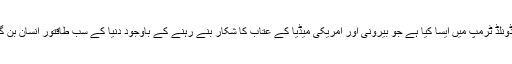
آخر ڈونلڈ ٹرمپ میں ایسا کیا ہے جو بیرونی اور امریکی میڈیا کے عتاب کا شکار بنے رہنے کے باوجود دنیا کے سب طاقتور انسان بن گئے ۔